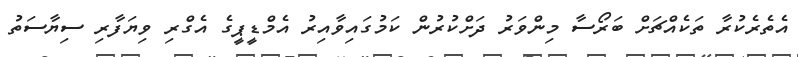
އެތެރެކުރާ ތަކެއްޗަށް ބަރޯސާ މިންވަރު ދަށްކުރުން ކަމުގައިވާއިރު އެމްޑީޕީގެ އެގްރި ވިޔަފާރި ސިޔާސަތު